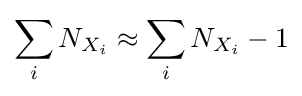
\sum _{i}N_{X_{i}}\approx \sum _{i}N_{X_{i}}-1